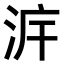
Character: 𣴔